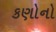
કણોનો